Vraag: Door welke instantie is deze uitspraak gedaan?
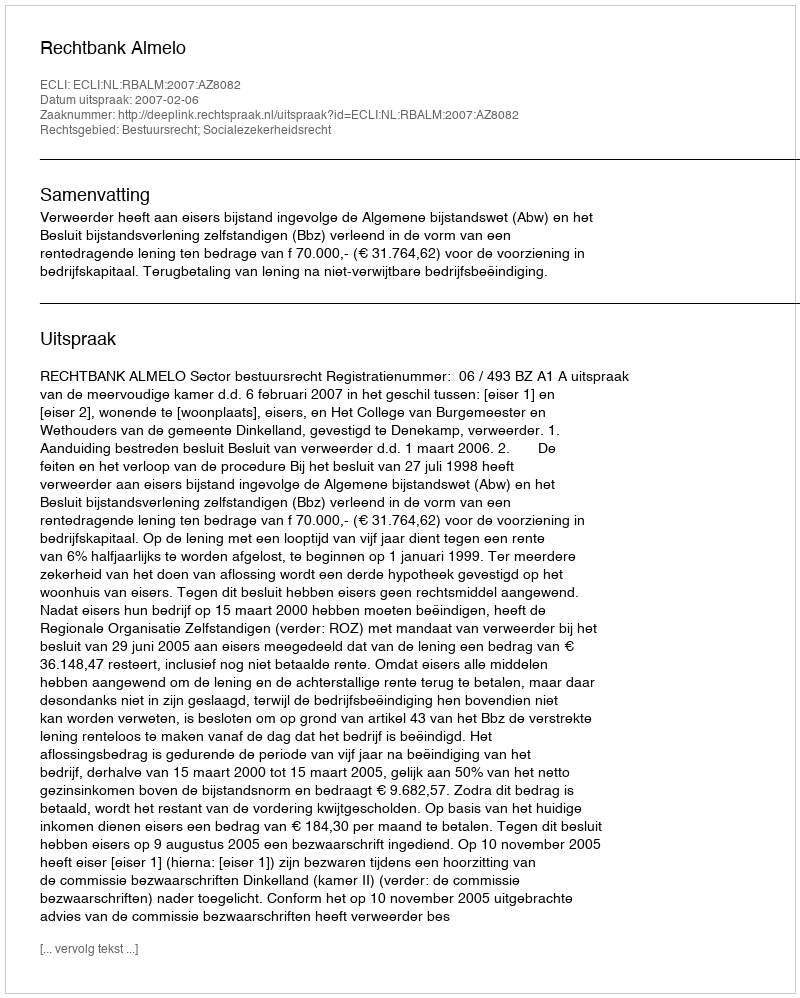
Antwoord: Rechtbank Almelo